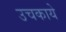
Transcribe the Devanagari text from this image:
उचकाये